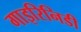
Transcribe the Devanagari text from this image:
गाइरिनिडी